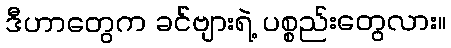
ဒီဟာတွေက ခင်ဗျားရဲ့ ပစ္စည်းတွေလား။